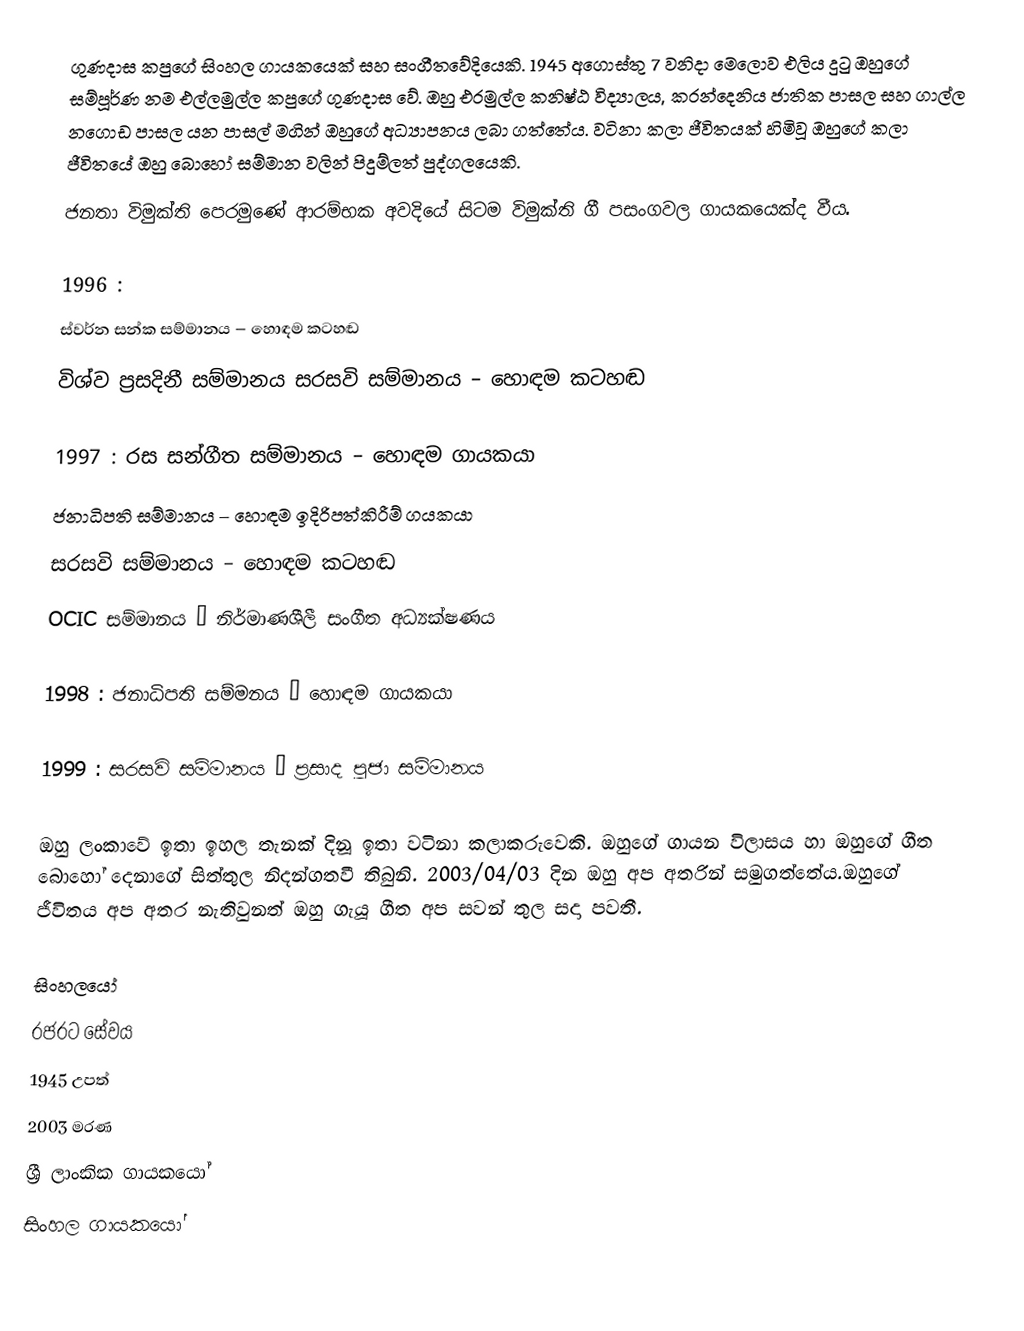
ගුණදාස කපුගේ සිංහල ගායකයෙක් සහ සංගීතවේදියෙකි. 1945 අගොස්තු 7 වනිදා මෙලොව එලිය දුටු ඔහුගේ සම්පූර්ණ නම එල්ලමුල්ල කපුගේ ගුණදාස වේ. ඔහු එරමුල්ල කනිෂ්ඨ විද්‍යාලය, කරන්දෙනිය ජාතික පාසල සහ ගාල්ල නගොඩ පාසල යන පාසල් මගින් ඔහුගේ අධ්‍යාපනය ලබා ගත්තේය. වටිනා කලා ජීවිතයක් හිමිවූ ඔහුගේ කලා ජීවිතයේ ඔහු බොහෝ සම්මාන වලින් පිදුම්ලත් පුද්ගලයෙකි.
ජනතා විමුක්ති පෙරමුණේ ආරම්භක අවදියේ සිටම විමුක්ති ගී පසංගවල ගායකයෙක්ද වීය.

1996 :
 ස්වර්න සන්ක සම්මානය – හොඳම කටහඬ
විශ්ව ප්‍රසදිනී සම්මානය සරසවි සම්මානය – හොඳම කටහඬ

1997 : රස සන්ගීත සම්මානය – හොඳම ගායකයා
ජනාධිපති සම්මානය – හොඳම ඉදිරිපත්කිරීම් ගයකයා
සරසවි සම්මානය – හොඳම කටහඬ
OCIC සම්මානය – නිර්මාණශීලී සංගීත අධ්‍යක්ෂණය

1998 : ජනාධිපති සම්මනය – හොඳම ගායකයා

1999 : සරසවි සම්මානය – ප්‍රසාද පූජා සම්මානය

ඔහු ලංකාවේ ඉතා ඉහල තැනක් දිනූ ඉතා වටිනා කලාකරුවෙකි. ඔහුගේ ගායන විලාසය හා ඔහුගේ ගීත බොහෝ දෙනාගේ සිත්තුල නිදන්ගතවී තිබුනි.  2003/04/03 දින ඔහු අප අතරින් සමුගත්තේය.ඔහුගේ ජීවිතය අප අතර නැතිවුනත් ඔහු ගැයූ ගීත අප සවන් තුල සදා පවතී.

සිංහලයෝ
රජරට සේවය
1945 උපත්
2003 මරණ
ශ්‍රී ලාංකික ගායකයෝ
සිංහල ගායකයෝ